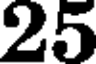
25